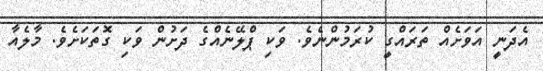
އެދަނީ އަވަށެއް ތަރައްގީ ކުރަމުންނެވެ. ވަކި ޕްލޭނެއްގެ ދަށުން ވަކި ގޮތަކަށެވެ. މާލެއާ